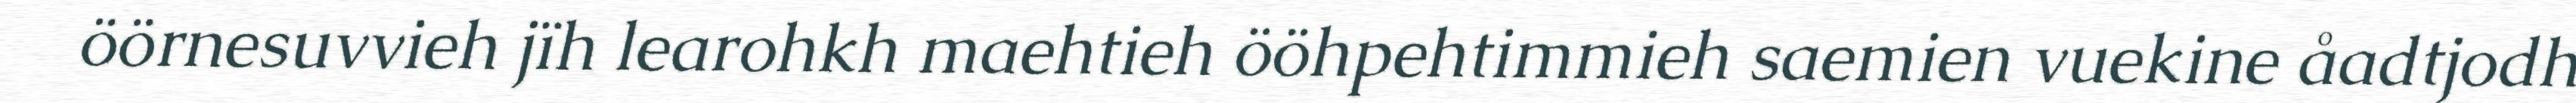
öörnesuvvieh jïh learohkh maehtieh ööhpehtimmieh saemien vuekine åadtjodh